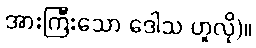
အားကြီးသော ဒေါသ ဟူလို)။